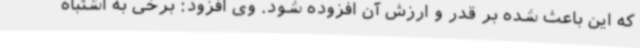
که این باعث شده بر قدر و ارزش آن افزوده شود. وی افزود: برخی به اشتباه